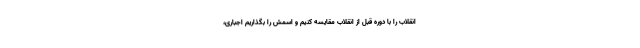
انقلاب را با دوره قبل از انقلاب مقایسه کنیم و اسمش را بگذاریم اجباری،